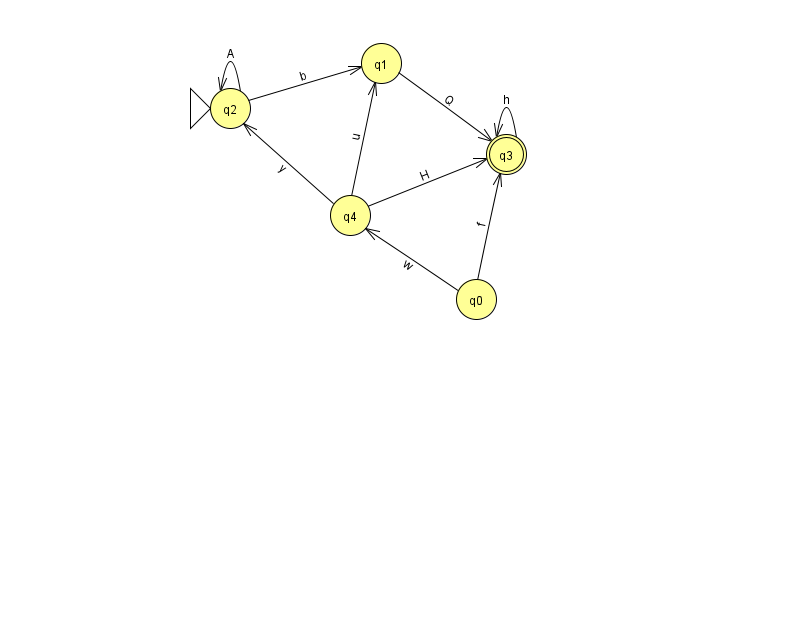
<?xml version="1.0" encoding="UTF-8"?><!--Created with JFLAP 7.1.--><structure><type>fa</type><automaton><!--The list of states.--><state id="0" name="q0"><x>476.0</x><y>286.0</y></state><state id="1" name="q1"><x>381.0</x><y>50.0</y></state><state id="2" name="q2"><x>230.0</x><y>95.0</y><initial/></state><state id="3" name="q3"><x>506.0</x><y>141.0</y><final/></state><state id="4" name="q4"><x>350.0</x><y>202.0</y></state><!--The list of transitions.--><transition><from>2</from><to>2</to><read>A</read></transition><transition><from>3</from><to>3</to><read>h</read></transition><transition><from>0</from><to>3</to><read>f</read></transition><transition><from>0</from><to>4</to><read>w</read></transition><transition><from>1</from><to>3</to><read>Q</read></transition><transition><from>4</from><to>3</to><read>H</read></transition><transition><from>2</from><to>1</to><read>b</read></transition><transition><from>4</from><to>1</to><read>u</read></transition><transition><from>4</from><to>2</to><read>y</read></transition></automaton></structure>